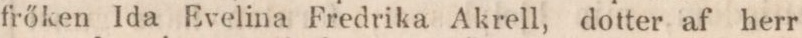
fröken Ida Evelina Fredrika Akrell, dotter af herr